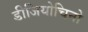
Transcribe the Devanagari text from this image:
डीजियोचिनो